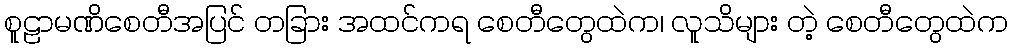
စူဠာမဏိစေတီအပြင် တခြား အထင်ကရ စေတီတွေထဲက၊ လူသိများ တဲ့ စေတီတွေထဲက